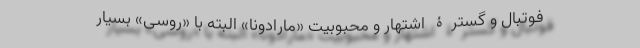
فوتبال و گسترۀ اشتهار و محبوبیت «مارادونا» البته با «روسی» بسیار